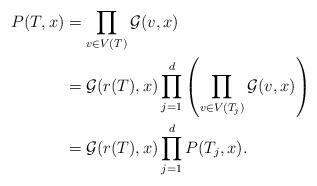
LaTeX: \begin{align*} P(T, x) &= \prod_{v \in V(T)} \mathcal{G}(v, x) \\ &= \mathcal{G}(r(T), x) \prod_{j = 1}^{d} \left( \prod_{v \in V(T_j)} \mathcal{G}(v, x) \right)\\ &= \mathcal{G}(r(T), x) \prod_{j = 1}^{d} P(T_j, x) . \end{align*}